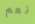
نعم